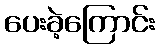
ပေးခဲ့ကြောင်း